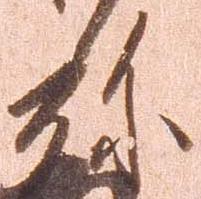
弥